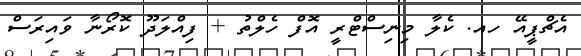
އެޗްޕީއޭ ހއ. ކެލާ މިނިސްޓްރީ އޮފް ހެލްތު + ފިއްލަދޫ ކޮރޯނާ ވައިރަސް